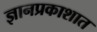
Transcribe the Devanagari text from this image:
ज्ञानप्रकाशात